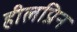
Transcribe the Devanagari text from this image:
हीलप्रिन